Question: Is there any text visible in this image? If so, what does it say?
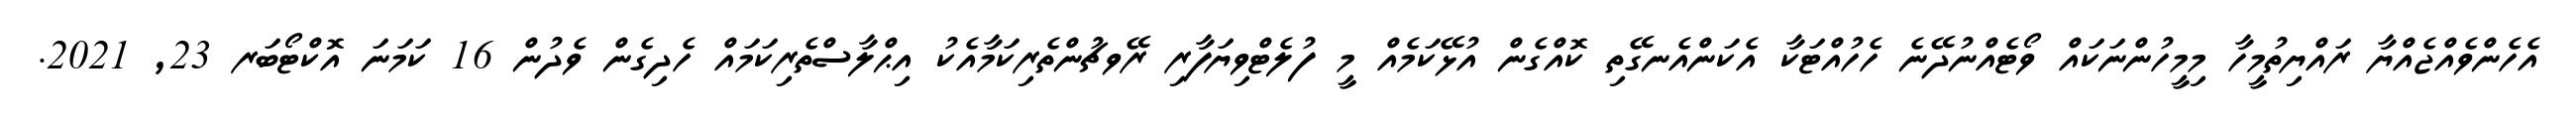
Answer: އެހެންވެއްޖެއްޔާ ރައްޔިތުމީހާ މިމީހުންނަކައް ވޯޓެއްނުދޭނެ ހެހުއްޓަކާ އެކަންއެނގޭތި ކޮއްގެން އުޅޭކަމެއް މީ ފުލެޓްވިޔަފާރި ރޭވޗުންތެރިކަމާއެކު އިޙްލާސްތެރިކަމައް ހެދިގެން ވެދުން 16 ކަމަނަ އޮކްޓޯބަރ 23, 2021.